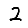
Digit: 2